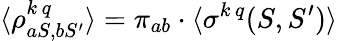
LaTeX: \langle\rho_{aS,bS^{\prime}}^{k\, q}\rangle=\pi_{ab}\cdot\langle\sigma^{k\, q}(S,S^{\prime})\rangle